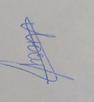
Signature authenticity: genuine